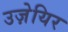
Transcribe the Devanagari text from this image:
उज़ेयिर